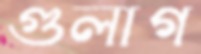
গুলাগ